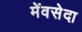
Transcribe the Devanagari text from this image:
मेंवसेदा